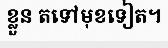
ខ្លួន តទៅមុខទៀត។